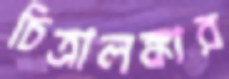
চিত্রালঙ্কার